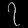
Digit: ၇